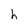
Character: e